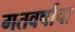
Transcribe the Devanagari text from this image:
गतवर्षाचा